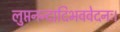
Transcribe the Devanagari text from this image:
लुप्तनन्दादिभववेदनः।